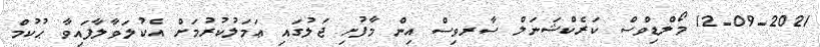
12-09-2021 މޯލްޑިވްސް ކަރެކްޝަނަލް ސާރވިސް އިން މާފުށި ޖަލުގައި ޢަމަލުކުރުމަށް އެކުލަވާލާފައިވާ ޙުކުމް